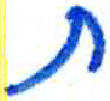
אות: ת